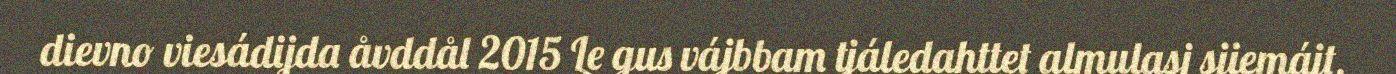
dievno viesádijda åvddål 2015 Le gus vájbbam tjáledahttet almulasj sjiemájt,